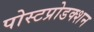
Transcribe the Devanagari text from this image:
पोस्टप्रोडक्शन